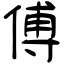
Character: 傅